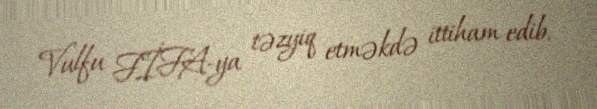
Vulfu FİFA-ya təzyiq etməkdə ittiham edib.